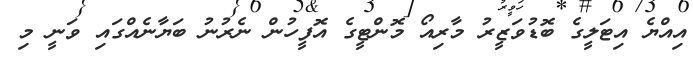
އިއްޔެ އިޓަލީގެ ބޮޑުވަޒީރު މާރިއޯ މޮންޓީގެ އޮފީހުން ނެރުނު ބަޔާނެއްގައި ވަނީ މި